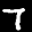
Digit: 7